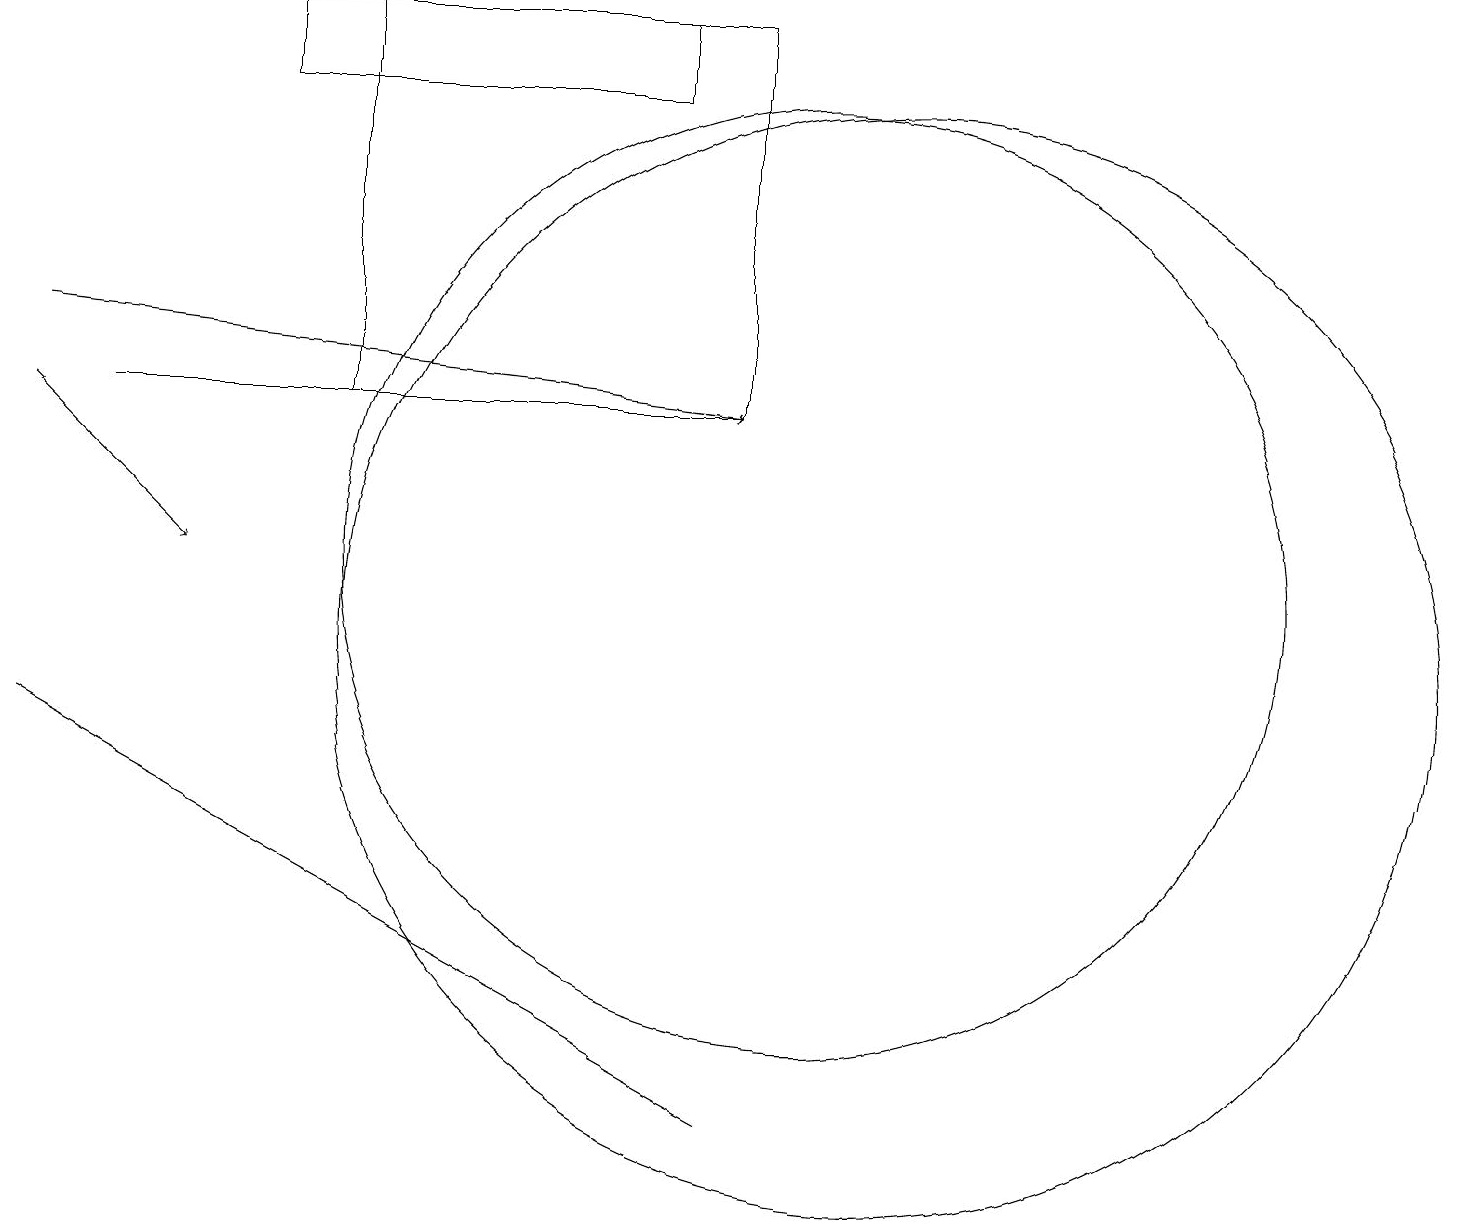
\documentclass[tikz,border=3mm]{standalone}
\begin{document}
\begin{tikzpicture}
\draw (11,10) circle (7);
\draw (10,11) circle (6);
\draw (9,4) -- (0,9) -- (0,9) -- cycle;
\draw[->] (1,13) -- (9,13);
\draw (8,18) rectangle (3,17);
\draw[->] (0,13) -- (2,11);
\draw (4,18) rectangle (9,13);
\draw[->] (0,14) -- (9,13);
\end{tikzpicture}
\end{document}